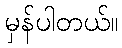
မှန်ပါတယ်။